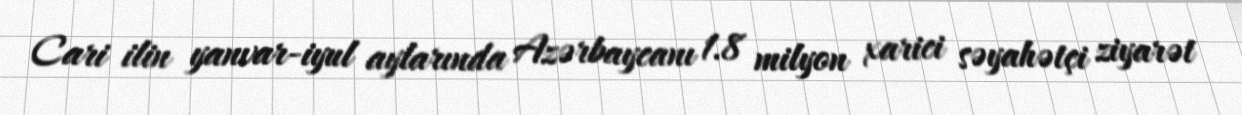
Cari ilin yanvar-iyul aylarında Azərbaycanı 1.8 milyon xarici səyahətçi ziyarət